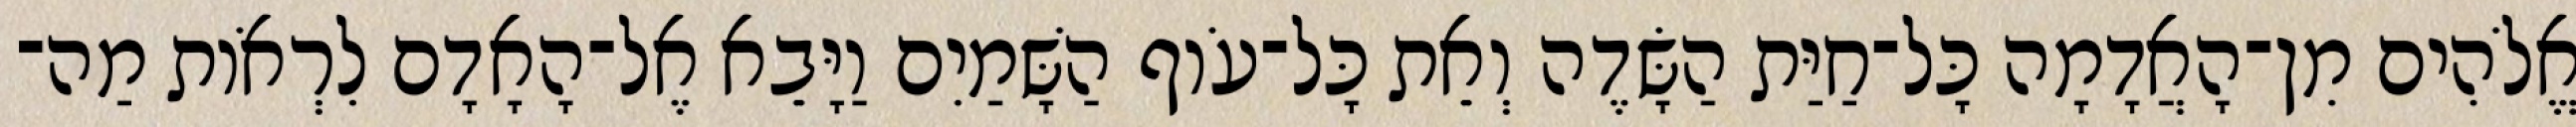
אֱלֹהִים מִן־הָאֲדָמָה כָּל־חַיַּת הַשָּׂדֶה וְאֵת כָּל־עֹוף הַשָּׁמַיִם וַיָּבֵא אֶל־הָאָדָם לִרְאֹות מַה־